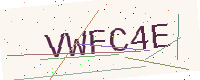
Text: VWFC4E